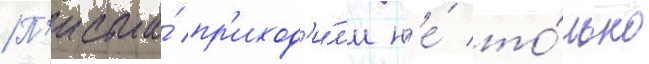
П'исьма́ пр'иход'и́л'и н'е́ то́лько